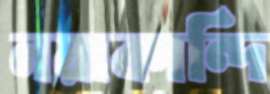
নয়াকান্দি